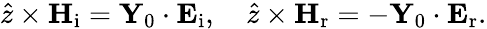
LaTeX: \hat{z}\times\mathbf{H}_{\mathrm{i}}=\mathbf{Y}_{0}\cdot\mathbf{E}_{\mathrm{i}},\quad\hat{z}\times\mathbf{H}_{\mathrm{r}}=-\mathbf{Y}_{0}\cdot\mathbf{E}_{\mathrm{r}}.